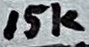
Text: 10K